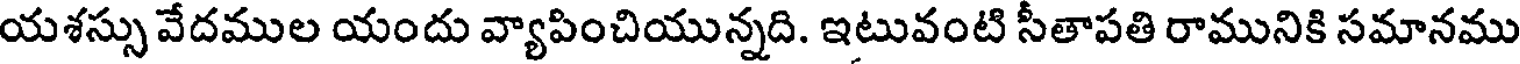
యశస్సు వేదముల యందు వ్యాపించియున్నది. ఇటువంటి సీతాపతి రామునికి సమానము